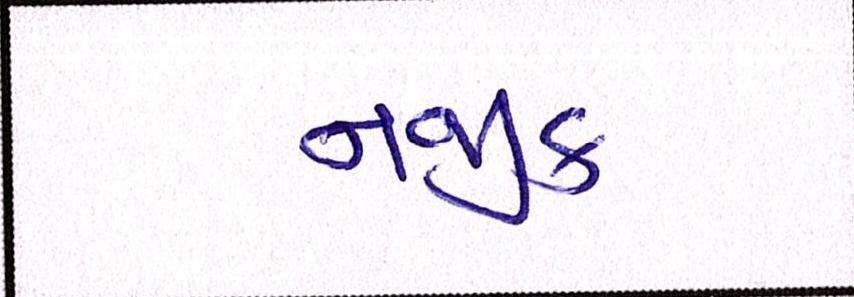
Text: નજીક